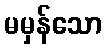
မမှန်သော